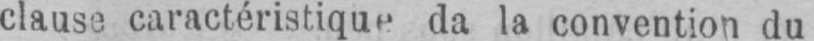
clause caractéristique da la convention du